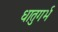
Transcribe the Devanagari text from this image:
धातुगर्भ